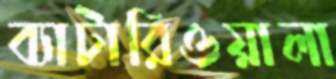
ব্যাটারিওয়ালা